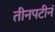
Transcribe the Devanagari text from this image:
तीनपटीनं